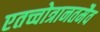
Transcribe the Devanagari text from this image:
एतच्चोत्रानतमैव